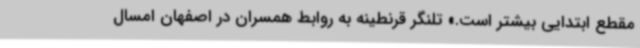
مقطع ابتدایی بیشتر است.» تلنگر قرنطینه به روابط همسران در اصفهان امسال